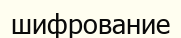
шифрование